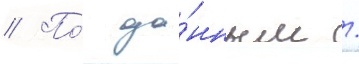
// По́ да́нным /